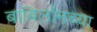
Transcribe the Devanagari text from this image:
बाबिलॉनच्या